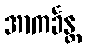
အာကင်္ခန္တ